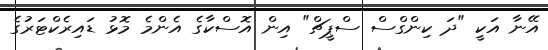
އޭނާ އަކީ "ދަ ކިންގްސް ސްޕީޗް" އިން އޮސްކާގެ އެންމެ މޮޅު ޑައިރެކްޓަރުގެ